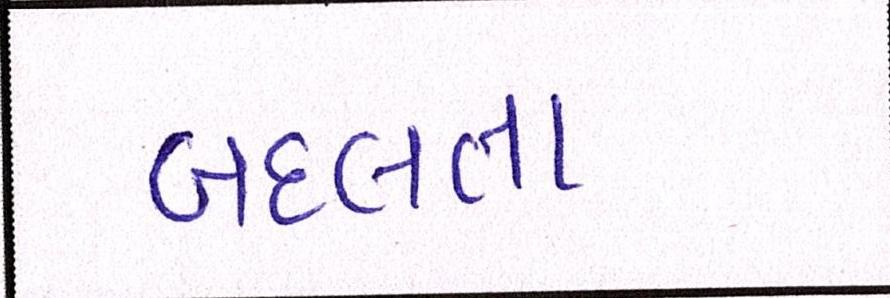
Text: બદલતા